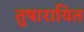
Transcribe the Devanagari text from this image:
तुषारायित